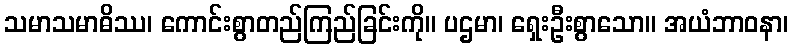
သမာသမာဓိဿ၊ ကောင်းစွာတည်ကြည်ခြင်းကို။ ပဌမာ၊ ရှေးဦးစွာသော။ အယံဘာဝနာ၊